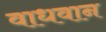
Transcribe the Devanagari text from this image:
वाधवान